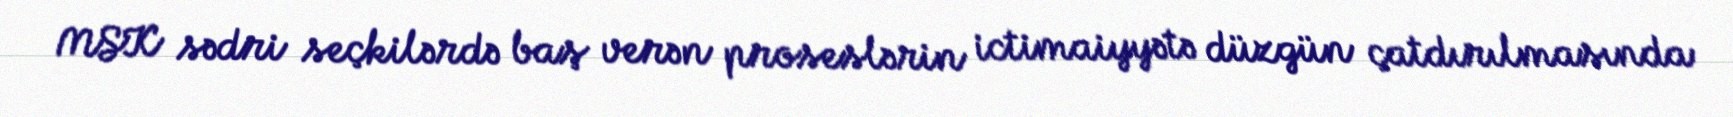
MSK sədri seçkilərdə baş verən proseslərin ictimaiyyətə düzgün çatdırılmasında